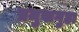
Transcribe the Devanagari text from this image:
प्रमुखगुहा